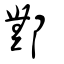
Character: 鄦